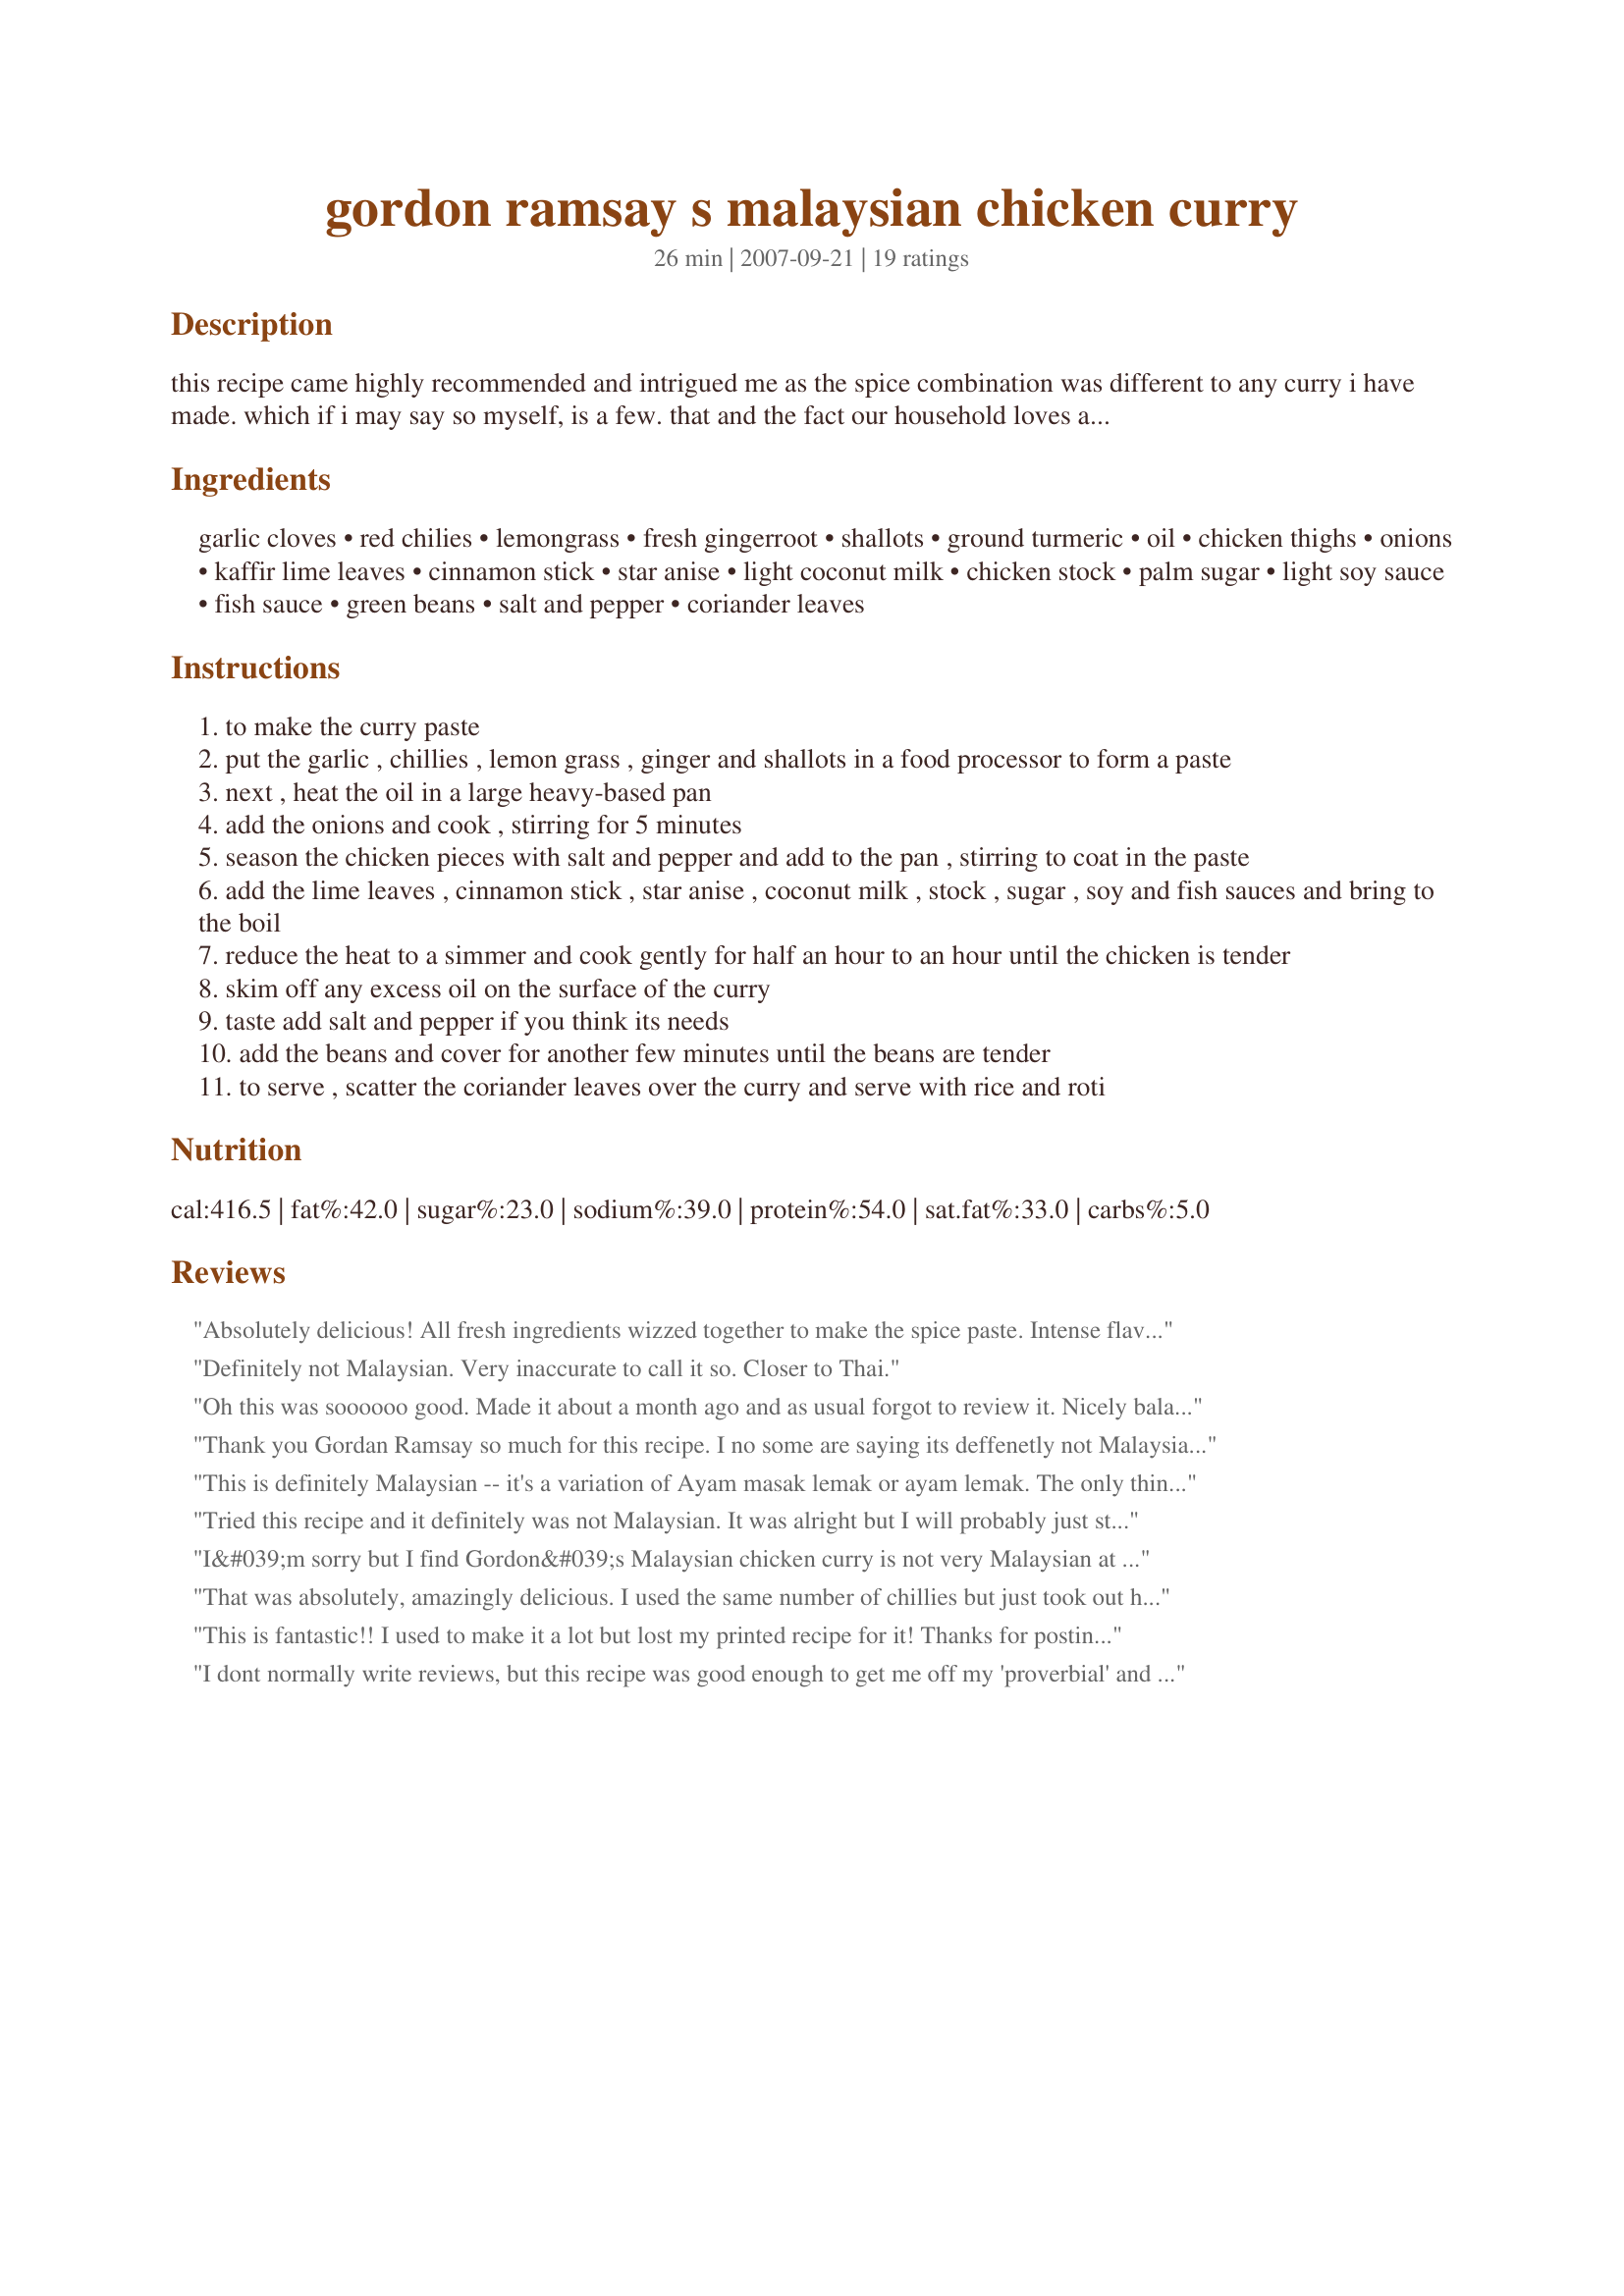
gordon ramsay s malaysian chicken curry
Preparation time: 26 minutes

this recipe came highly recommended and intrigued me as the spice combination was different to any curry i have made. which if i may say so myself, is a few. that and the fact our household loves a good sunday afternoon curry.

Ingredients:
garlic cloves, red chilies, lemongrass, fresh gingerroot, shallots, ground turmeric, oil, chicken thighs, onions, kaffir lime leaves, cinnamon stick, star anise, light coconut milk, chicken stock, palm sugar, light soy sauce, fish sauce, green beans, salt and pepper, coriander leaves

Steps:
to make the curry paste
put the garlic , chillies , lemon grass , ginger and shallots in a food processor to form a paste
next , heat the oil in a large heavy-based pan
add the onions and cook , stirring for 5 minutes
season the chicken pieces with salt and pepper and add to the pan , stirring to coat in the paste
add the lime leaves , cinnamon stick , star anise , coconut milk , stock , sugar , soy and fish sauces and bring to the boil
reduce the heat to a simmer and cook gently for half an hour to an hour until the chicken is tender
skim off any excess oil on the surface of the curry
taste add salt and pepper if you think its needs
add the beans and cover for another few minutes until the beans are tender
to serve , scatter the coriander leaves over the curry and serve with rice and roti

Reviews:
Absolutely delicious! All fresh ingredients wizzed together to make the spice paste. Intense flavours and curry heat can be varied by lessening the chillies.
Definitely not Malaysian. Very inaccurate to call it so. Closer to Thai.
Oh this was soooooo good. Made it about a month ago and as usual forgot to review it. Nicely balanced - fresh produce - will certainly make this again.
Thank you Gordan Ramsay so much for this recipe. I no some are saying its deffenetly not Malaysian and taste more like thai but I don&#039;t really care my husband and three children could not get enough of it. They want me to make it once week. I added broccoli &amp; carrot to the recipe and put fresh chilli &amp; coriander on the side yummy??
This is definitely Malaysian -- it's a variation of Ayam masak lemak or ayam lemak. The only thing unusual about it is that it has lime leaves and fish sauce: both of which are not ingredients commonly used in Malaysian or Indonesian cooking. Just substitute the fish sauce with equal parts of soy sauce and omit the lime leaves altogether. If you google ayam masak lemak or ayam lemak, you'll get a similar recipes but with different proportions of ingredients.
Tried this recipe and it definitely was not Malaysian. It was alright but I will probably just stick to curry pastes when I make my curries in the future. I&#039;ve been using the Dollee curry pastes and it hasn&#039;t disappointed me. It is a lot quicker to prepare as well! Cooked it once for my flatmates and received compliments all round the table. I don&#039;t think I&#039;ll be making my curries from scratch anymore.
I&#039;m sorry but I find Gordon&#039;s Malaysian chicken curry is not very Malaysian at all. I&#039;m Malaysian and I&#039;ve tried various styles of chicken curries in Malaysia. Please take note that we never ever use soy sauce, fish sauce and pepper in our curries! We also don&#039;t normally use fresh chillies to spice the curry. Instead, we use either dried chillies or chilli powder. We use fresh chillies mainly for garnishing. The Malays usually use curry powder in their curries even though some, esp the Indians prefer to make their own masala. And where are the curry leaves, the essential ingredients in Malaysian chicken curries? We don&#039;t usually use kaffir lime leaves in curries too, unless we make Malaysian nyonya chicken curry, rendang and asam pedas.
That was absolutely, amazingly delicious. I used the same number of chillies but just took out half the seeds and the heat was just right for us, which was a mixture of adults and teenagers. The beans are an unusual addition but work so well in the dish. Fantastic.
This is fantastic!! I used to make it a lot but lost my printed recipe for it! Thanks for posting!! I usually add a couple less chillies as I find it a little spicy depending on what chillies I buy sometimes.
I dont normally write reviews, but this recipe was good enough to get me off my 'proverbial' and join this site.<br/>I followed the recipe exactly, and it came out fantastic. It had a pleasant kick to it that didn't overpower it.<br/>If you try a taste of the initial ingredients/spices, you may think it will be too hot, but after it has been completely 'assembled' you will find it to be incredibly flavoursome.<br/><br/>I'm just trying to think of a good excuse to have it again as soon as possible!
I found this in his F-Word cookbook and decided to try it for a dinner party. I am aware that soy sauce isn&#039;t typically used in Mekong Delta cuisine in general (this seems to be a something that Western cooks like to do to up the saltiness - I&#039;ve seen Bobby Flay do the same thing) and the other critics are right - he should probably label this dish Thai instead of Malaysian because it definitely tasted like the curries at my favorite Thai restaurants. That being said I found it delicious as did my guests and I never thought I could make such a tasty curry dish on my own.
Totally delicious! I would cut down on oil a bit, it was rather oily and I did have to remove a small bowl of oil from the surface. Did not have green beans, but I don't think they would contribute much to the taste. It was incredibly aromatic, really a hit!
Made this last night and was delighted with the result. Beautifully aromatic and fragrant with just the right amount of heat. I also parboiled some potatoes and added them half way through the cooking process. I also squeezed some fresh lime juice at the end for some extra zing. Will definately make again. Thanks
Lovely, Lovely Lovely! And I do not even like curry... Well I didn't...
We went on a holiday for a week and I brought back 40 plus new spices as my gift to myself... to be honest I don't know what half of them are, I like a challenge, so looked up kaffir leaves on my beloved Recipezaar and voila! a new recipe to try out!
This was so tasty, I had to use chicken breast as that is what I had defrosted and it was so succulent, it did cook a bit quicker than thighs would have so next time I will thicken the sauce a bit with corn starch.
I served it with a Moroccan bean dish I made and it's mildness paired well with the curry. I love Gordon Ramsay's recipes and will use this again. Thank you for posting it.
Despite the assertions in these reviews this is definitely not Thai and most certainly Malaysian. There are numerous Thai and Malaysian restaurants and street food markets in Perth where I live and this recipe is even better than some of my favourites. The curry I made from this recipe was absolutely top drawer. It is always worth making a paste from fresh ingredients rather than opening a jar. Sure, sometimes a jar is convenient but there is no comparison in flavour. This is spot-on as a Malaysian chicken curry. Add some potato when cooking and garnish with fresh chilli when serving.
Lets start off by saying I love cooking but this is the first review I've wrote so far!! This is one of the first dishes I cooked for my partner when we first started dating, 2 years later I'm still cooking it for him! We absolutely love this curry! Any curry to be honest but this is one that stands out from them all, the flavors are fantastic and not what we usually cook with! Even my neighbour asked what was smelling so delicious!!
This is not a quick meal but is worth the effort. I felt it tasted more like a Thai dish than a Malaysian but I am not expert. That is just the impression I got. I loved this dish and it had the complex flavours that I previously only experienced when eating in fine restaurants. I will be making this one again for sure. I also used chicken breast like another person mentioned and I skipped the Coriander altogether - I hate that stuff.
I have been tempted to make a Thai Green curry for years and never had the courage - so glad I tried it though! First attempt was gorgeous even though I had to buy a green curry paste as I had no mortar &amp; pestle to ground spices fresh. Second was even more incredible with really vibrant flavours - huge difference in using fresh ingredients as opposed to a ready made paste for curry sauce. I would highly recommend the dish to anyone. I added a few petite pois peas as they always seem to come in dishes I order in Thai restaurants and they looked cute &amp; tasted lovely. Definitely a recipe I am going to stick to and cook weekly.
Oh my goodness this is fabulous. Outstanding and deserves more than 5 stars. Its a subtle curry with beautiful flavors. i did cut the heat in half bc i only had thai birds eye and they are very hot. Did the paste in my spice grinder, it tastes like it took hours of work but what a snap to put together.

Made for Asia forum tag game
